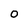
Character: O